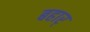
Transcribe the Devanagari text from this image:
बहार्